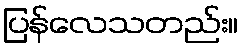
ပြန်လေသတည်း။